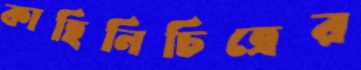
কাহিনিচিত্রের